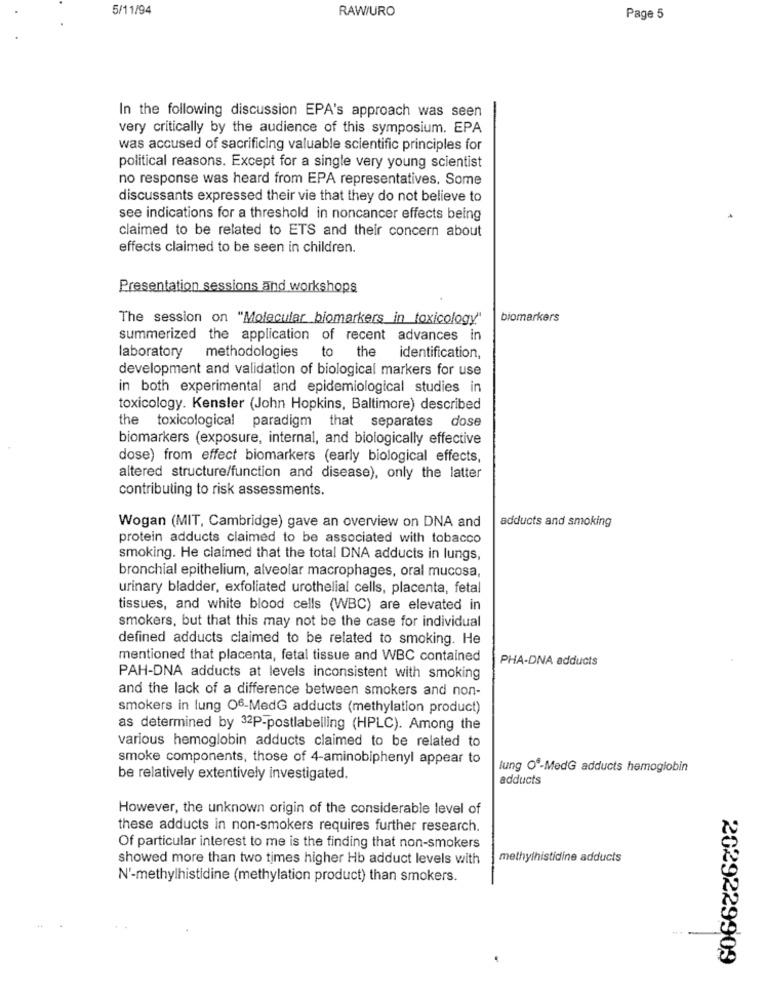
5/11/94
RAW/URO
Page 5
In the following discussion EPA's approach was seen
very critically by the audience of this symposium. EPA
was accused of sacrificing valuable scientific principles for
political reasons. Except for a single very young scientist
no response was heard from EPA representatives. Some
discussants expressed their vie that they do not believe to
see indications for a threshold in noncancer effects being
claimed to be related to ETS and their concern about
effects claimed to be seen in children.
Presentation sessions and workshops
The session on "Molecular biomarkers in toxicology"
biomarkers
summerized the application of recent advances in
laboratory
methodologies
tot
the
identification,
development and validation of biological markers for use
in both experimental and epidemiological studies in
toxicology. Kensler (John Hopkins, Baltimore) described
the toxicological paradigm that separates dose
biomarkers (exposure, internal, and biologically effective
dose) from effect biomarkers (early biological effects,
altered structure/function and disease), only the latter
contributing to risk assessments.
adducts and smoking
Wogan (MIT, Cambridge) gave an overview on DNA and
protein adducts claimed to be associated with tobacco
smoking. He claimed that the total DNA adducts in lungs,
bronchial epithelium, alveolar macrophages, oral mucosa,
urinary bladder, exfoliated urothelial cells, placenta, fetal
tissues, and white blood cells (WBC) are elevated in
smokers, but that this may not be the case for individual
defined adducts claimed to be related to smoking. He
mentioned that placenta, fetal tissue and WBC contained
PHA-DNA adducts
PAH-DNA adducts at levels inconsistent with smoking
and the lack of a difference between smokers and non-
smokers in lung O6-MedG adducts (methylation product)
as determined by 32P-postlabelling (HPLC). Among the
various hemoglobin adducts claimed to be related to
smoke components, those of 4-aminobiphenyl appear to
lung Oº-MedG adducts hemoglobin
be relatively extentively investigated.
adducts
However, the unknown origin of the considerable level of
these adducts in non-smokers requires further research.
Of particular interest to me is the finding that non-smokers
showed more than two times higher Hb adduct levels with
methylhistidine adducts
N'-methylhistidine (methylation product) than smokers.
2029229909